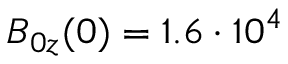
B _ { 0 z } ( 0 ) = 1 . 6 \cdot 1 0 ^ { 4 }